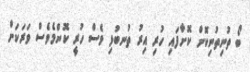
ބޯ ތުނިތުނިކޮށް ކޮށާފައި ހުރި އިރު ތުނބުޅި ވެސް ހުރީ ކޮންމެވެސް ވަރަކަށް